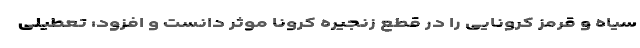
سیاه و قرمز کرونایی را در قطع زنجیره کرونا موثر دانست و افزود: تعطیلی